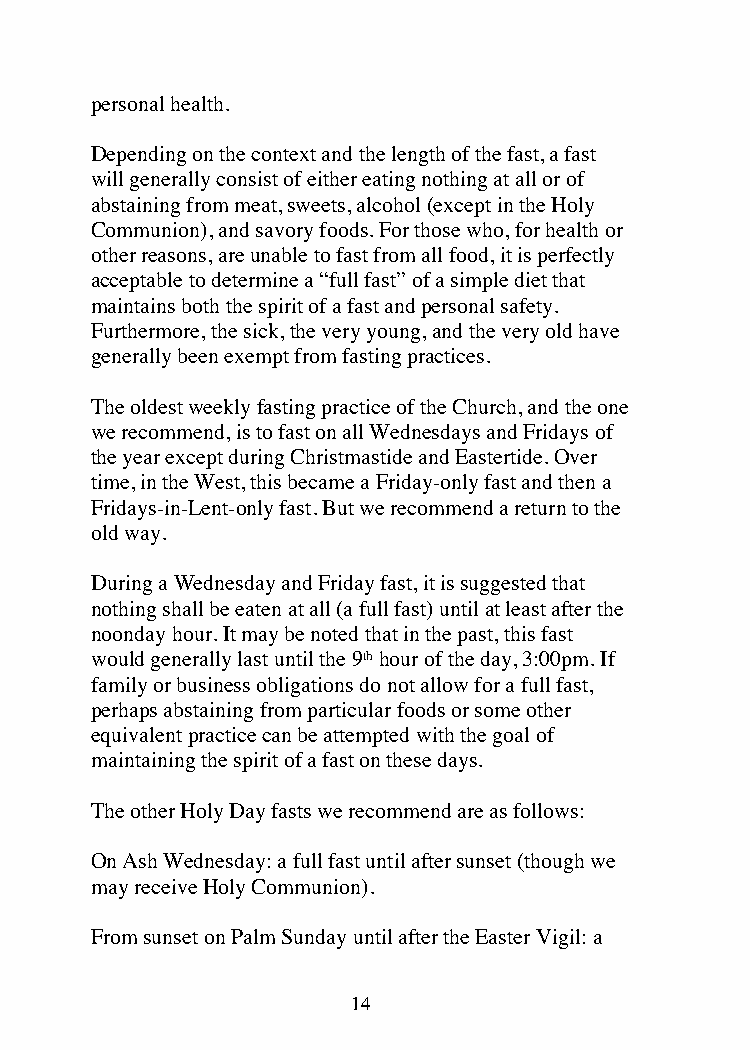
personal health.
 Depending on the context and the length of the fast, a fast
 will generally consist of either eating nothing at all or of
 abstaining from meat, sweets, alcohol (except in the Holy
 Communion), and savory foods. For those who, for health or
 other reasons, are unable to fast from all food, it is perfectly
 acceptable to determine a “full fast” of a simple diet that
 maintains both the spirit of a fast and personal safety.
 Furthermore, the sick, the very young, and the very old have
 generally been exempt from fasting practices.
 The oldest weekly fasting practice of the Church, and the one
 we recommend, is to fast on all Wednesdays and Fridays of
 the year except during Christmastide and Eastertide. Over
 time, in the West, this became a Friday-only fast and then a
 Fridays-in-Lent-only fast. But we recommend a return to the
 old way.
 During a Wednesday and Friday fast, it is suggested that
 nothing shall be eaten at all (a full fast) until at least after the
 noonday hour. It may be noted that in the past, this fast
 would generally last until the 9th hour of the day, 3:00pm. If
 family or business obligations do not allow for a full fast,
 perhaps abstaining from particular foods or some other
 equivalent practice can be attempted with the goal of
 maintaining the spirit of a fast on these days.
 The other Holy Day fasts we recommend are as follows:
 On Ash Wednesday: a full fast until after sunset (though we
 may receive Holy Communion).
 From sunset on Palm Sunday until after the Easter Vigil: a
 14